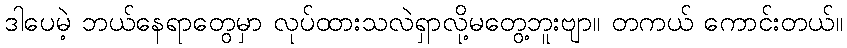
ဒါပေမဲ့ ဘယ်နေရာတွေမှာ လုပ်ထားသလဲရှာလို့မတွေ့ဘူးဗျာ။ တကယ် ကောင်းတယ်။